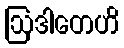
ဩဒါတေဟိ